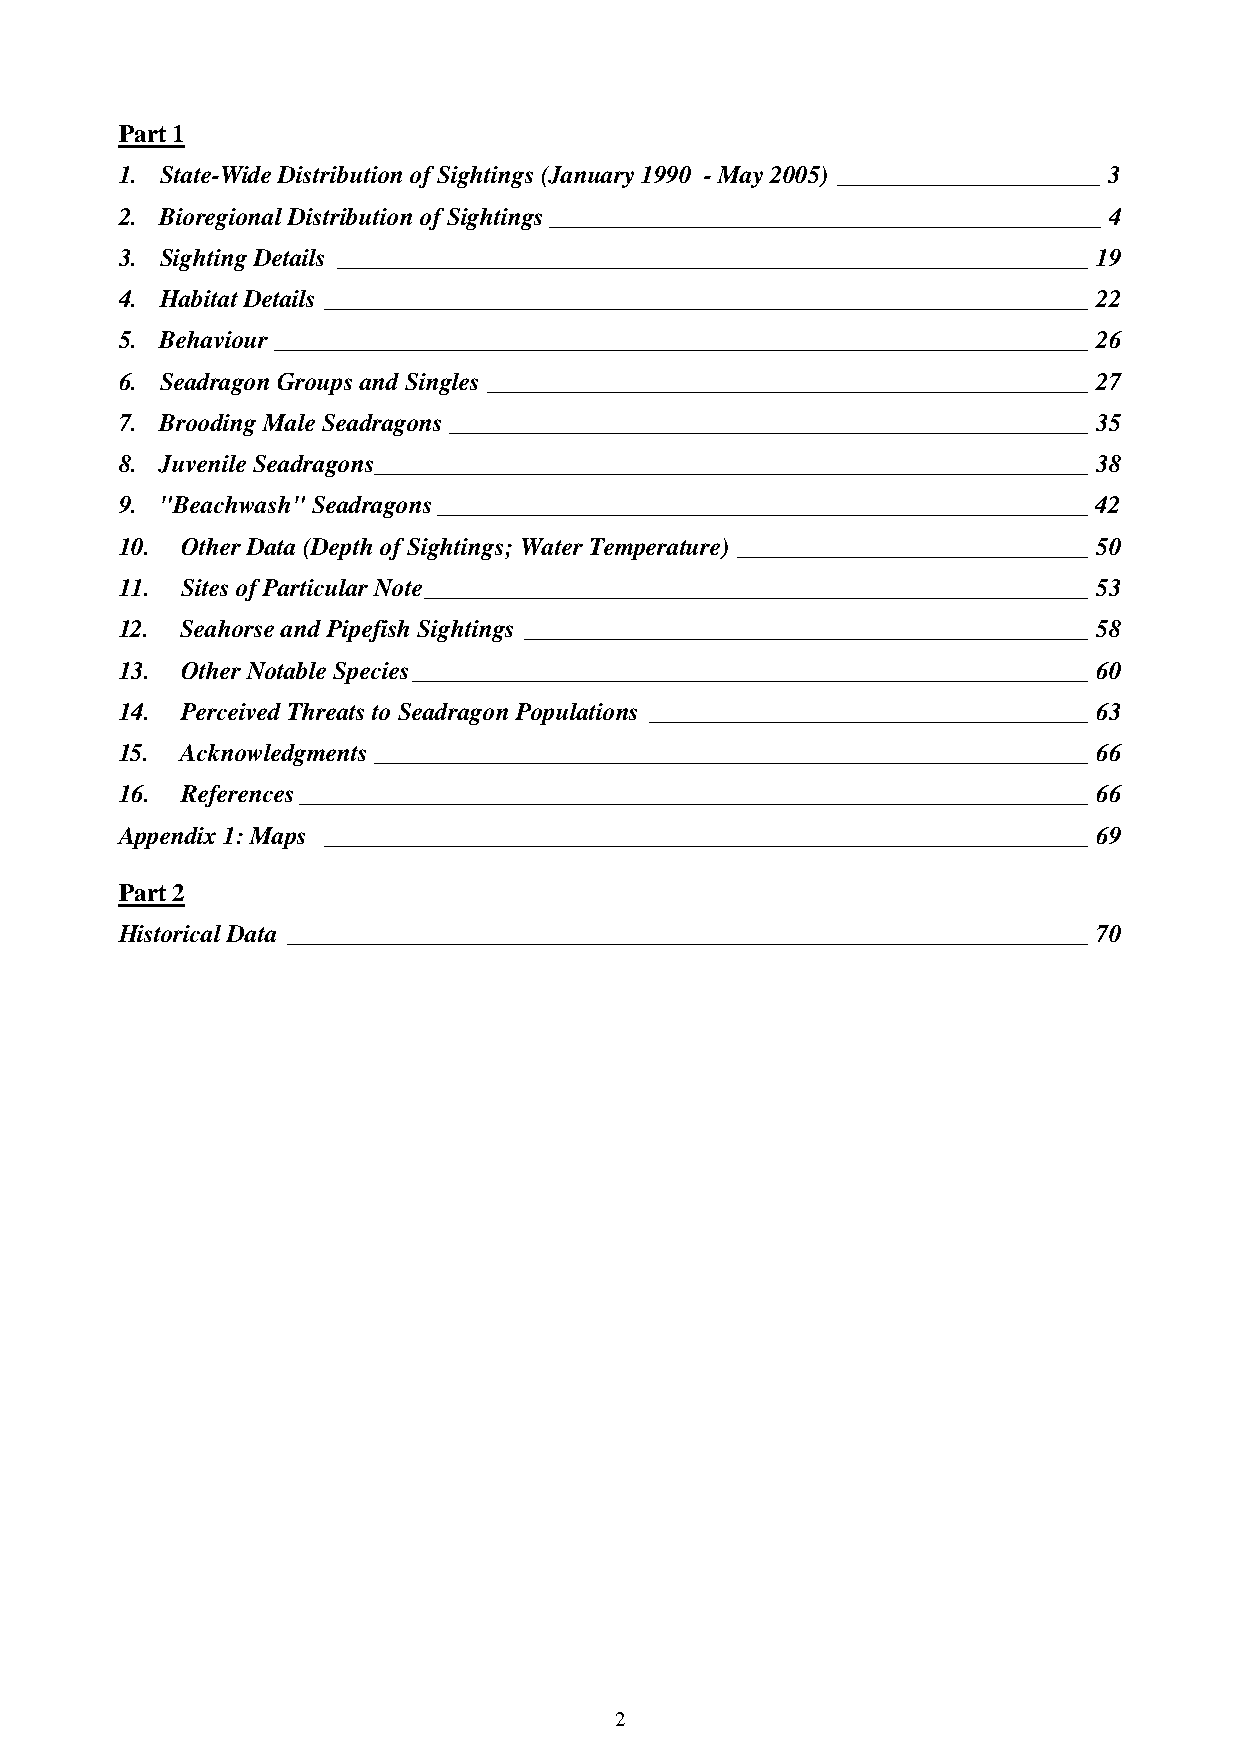
Part 1
 1. State-Wide Distribution of Sightings (January 1990 - May 2005) _____________________ 3
 2. Bioregional Distribution of Sightings____________________________________________ 4
 3. Sighting Details ____________________________________________________________ 19
 4. Habitat Details _____________________________________________________________ 22
 5. Behaviour _________________________________________________________________ 26
 6. Seadragon Groups and Singles ________________________________________________ 27
 7. Brooding Male Seadragons ___________________________________________________ 35
 8. Juvenile Seadragons_________________________________________________________ 38
 9. "Beachwash" Seadragons____________________________________________________ 42
 10. Other Data (Depth of Sightings; Water Temperature) ____________________________ 50
 11. Sites of Particular Note_____________________________________________________ 53
 12. Seahorse and Pipefish Sightings _____________________________________________ 58
 13. Other Notable Species______________________________________________________ 60
 14. Perceived Threats to Seadragon Populations ___________________________________ 63
 15. Acknowledgments_________________________________________________________ 66
 16. References_______________________________________________________________ 66
 Appendix 1: Maps _____________________________________________________________ 69
 Part 2
 Historical Data ________________________________________________________________ 70
 2